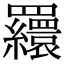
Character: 𦌾